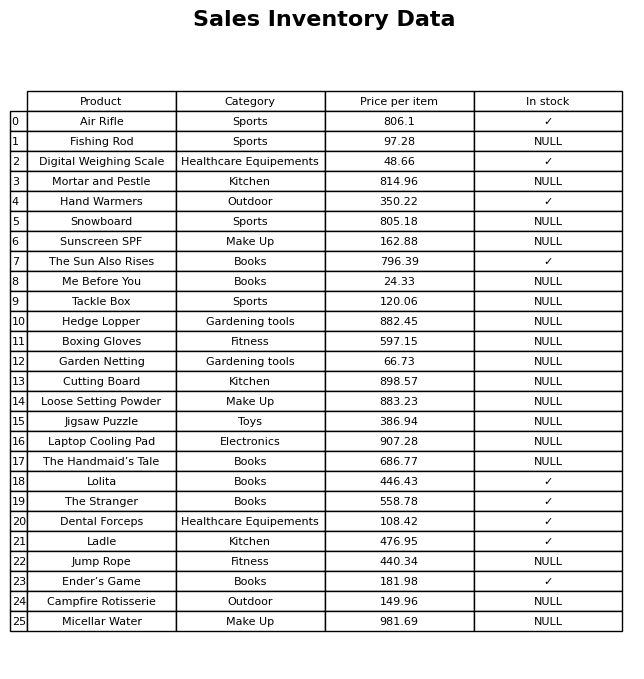
question: Which products are available in stock?
answer: Air Rifle, Digital Weighing Scale, Hand Warmers, The Sun Also Rises, Lolita, The Stranger, Dental Forceps, Ladle, Ender’s Game